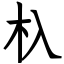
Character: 杁